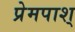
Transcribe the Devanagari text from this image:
प्रेमपाश्